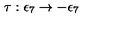
\tau : \epsilon _ { 7 } \rightarrow - \epsilon _ { 7 }